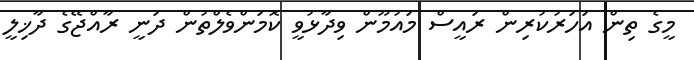
މީގެ ތިން އަހަރުކުރިން ރައީސް މައުމޫން ވިދާޅުވީ ކޮމަންވެލްތުން ދަނީ ރާއްޖޭގެ ދާޚިލީ